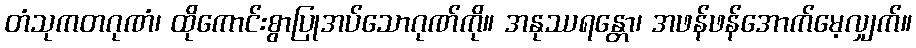
တံသုကတဂုဏံ၊ ထိုကောင်းစွာပြုအပ်သောဂုဏ်ကို။ အနုဿရန္တော၊ အဖန်ဖန်အောက်မေ့လျှက်။